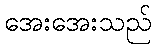
အေးအေးသည်